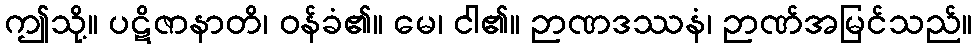
ဤသို့။ ပဋိဇာနာတိ၊ ဝန်ခံ၏။ မေ၊ ငါ၏။ ဉာဏဒဿနံ၊ ဉာဏ်အမြင်သည်။